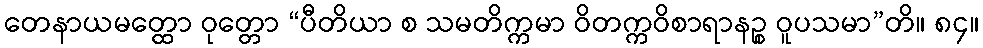
တေနာယမတ္ထော ဝုတ္တော “ပီတိယာ စ သမတိက္ကမာ ဝိတက္ကဝိစာရာနဉ္စ ဝူပသမာ”တိ။ ၈၄။